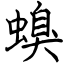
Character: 螑